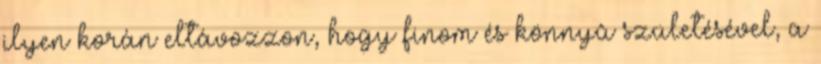
ilyen korán eltávozzon, hogy finom és könnyû születésével, a